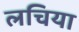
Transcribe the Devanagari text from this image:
लचिया